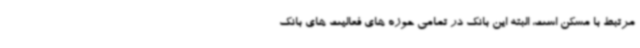
مرتبط با مسکن است، البته این بانک در تمامی حوزه های فعالیت های بانک